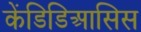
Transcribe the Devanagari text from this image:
केंडिडिआसिस